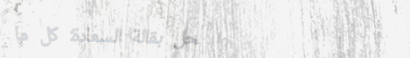
محل بقالة السعادة: كل ما